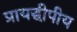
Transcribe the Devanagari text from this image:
प्रायद्धीपीय